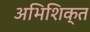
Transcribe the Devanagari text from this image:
अभिशिक्त